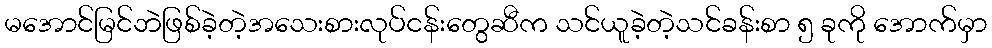
မအောင်မြင်ဘဲဖြစ်ခဲ့တဲ့အသေးစားလုပ်ငန်းတွေဆီက သင်ယူခဲ့တဲ့သင်ခန်းစာ ၅ ခုကို အောက်မှာ